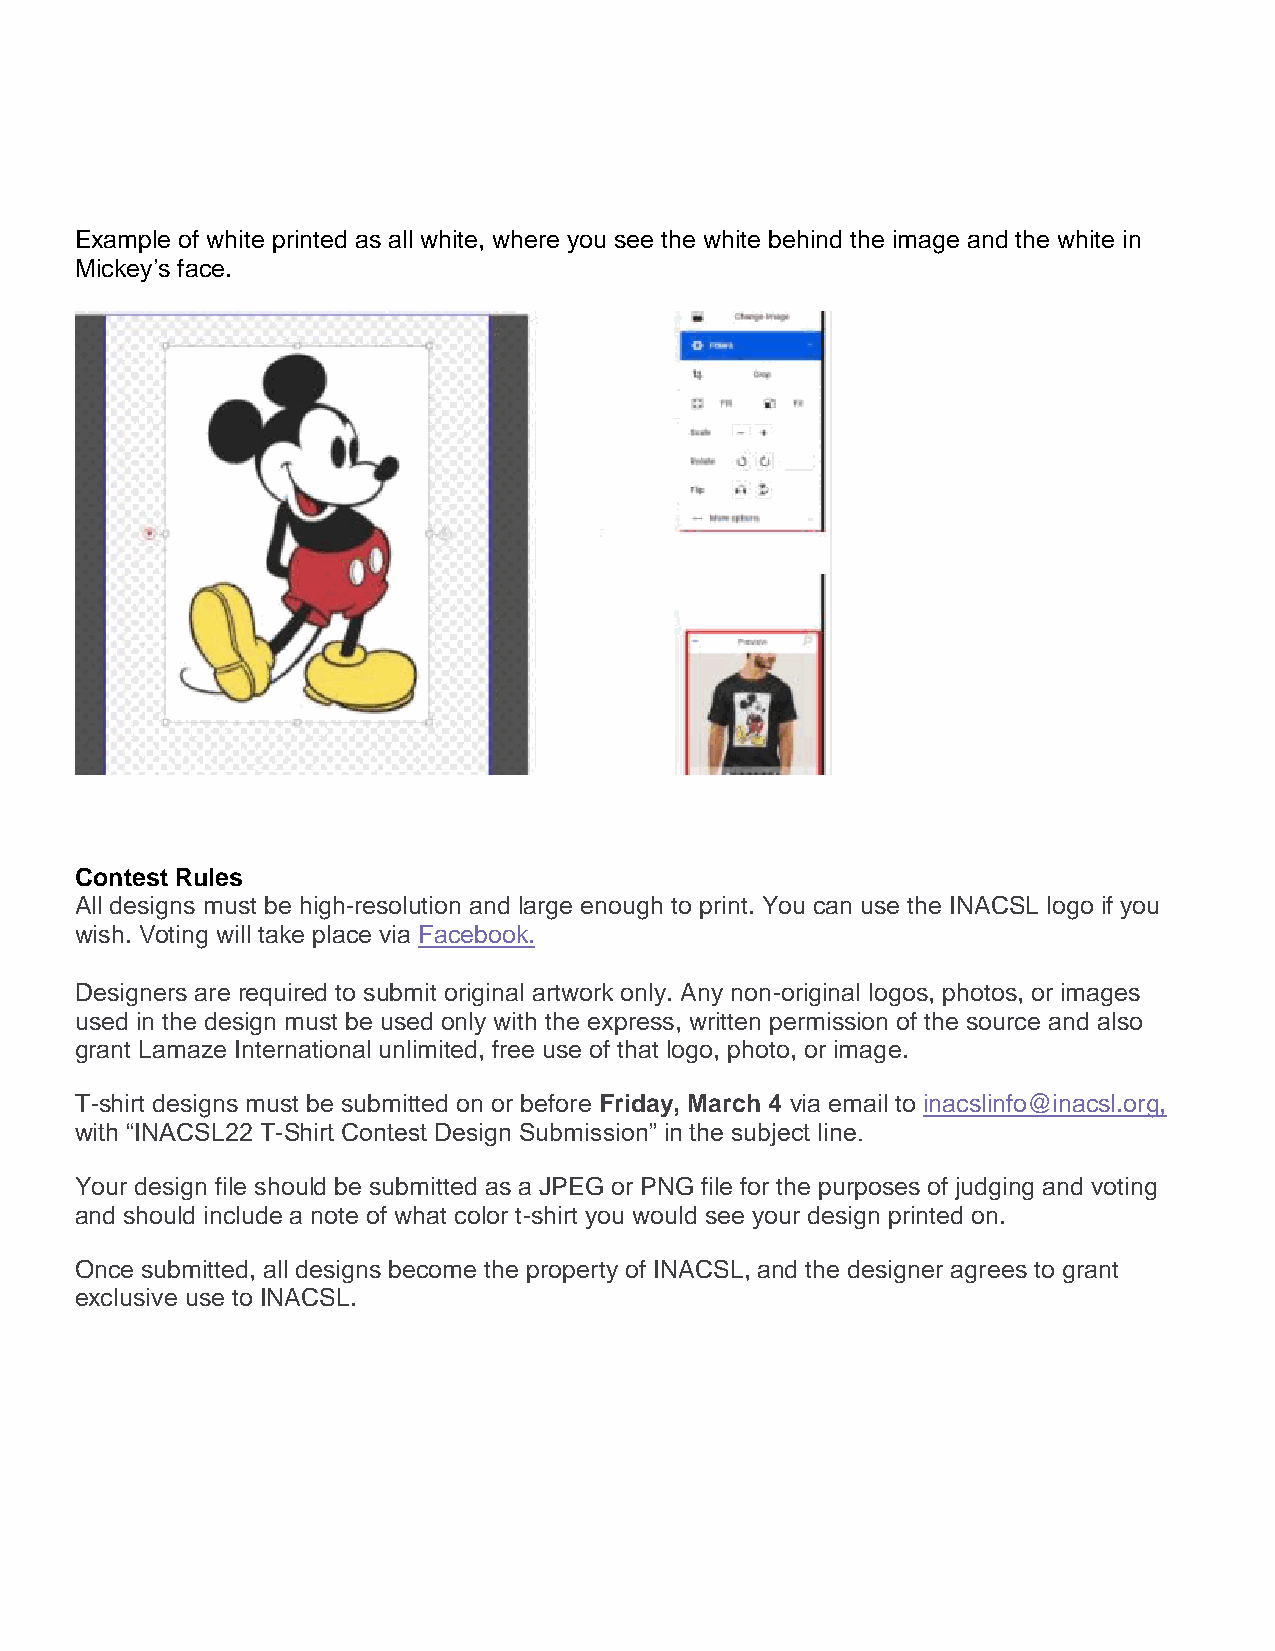
Example of white printed as all white, where you see the white behind the image and the white in
 Mickey’s face.
 Contest Rules
 All designs must be high-resolution and large enough to print. You can use the INACSL logo if you
 wish. Voting will take place via Facebook.
 Designers are required to submit original artwork only. Any non-original logos, photos, or images
 used in the design must be used only with the express, written permission of the source and also
 grant Lamaze International unlimited, free use of that logo, photo, or image.
 T-shirt designs must be submitted on or before Friday, March 4 via email to inacslinfo@inacsl.org,
 with “INACSL22 T-Shirt Contest Design Submission” in the subject line.
 Your design file should be submitted as a JPEG or PNG file for the purposes of judging and voting
 and should include a note of what color t-shirt you would see your design printed on.
 Once submitted, all designs become the property of INACSL, and the designer agrees to grant
 exclusive use to INACSL.